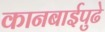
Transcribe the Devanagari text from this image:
कानबाईपुढे